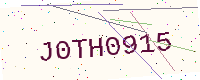
Text: J0TH0915